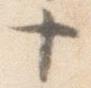
十